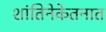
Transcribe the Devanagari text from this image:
शांतिनेकेतनात